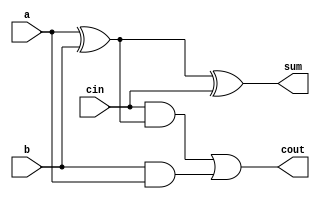

`timescale 1ns / 1ps
/*******************************************************************  
*  
* Module: fulladder.v  
* Project: SSRisc  
* Description: a 1 bit adder
*  
* Change history: 12/06/19 - created in lab  
*                 
*  **********************************************************************/ 


module fulladder(
input a, 
input b, 
input cin,  
output sum,
output cout  
    );
    
 wire xor1; 
 wire and1;
 wire and2;
 
 assign xor1= a ^ b;
 assign sum= xor1 ^ cin; 
 assign and1= cin & xor1; 
 assign and2= b & a; 
 assign cout= and1|and2; 
endmodule